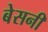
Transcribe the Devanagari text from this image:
बेसनी